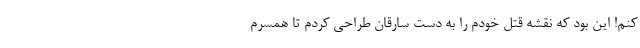
کنم! این بود که نقشه قتل خودم را به دست سارقان طراحی کردم تا همسرم